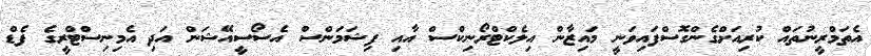
އެތަމްރީނުތައް ކުރިއަށްގެންގޮސްފައިވަނީ މައިޒާން އިލެކްޓްރޯނިކްސް އާއި ފިޝަމަންސް އެސޯސީއޭޝަން އަދި އެމިނިސްޓްރީގެ ފެޑް